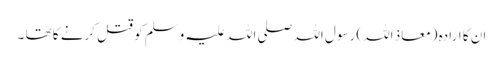
ان کا ارادہ (معاذ اللہ) رسول اللہ صلی اللہ علیہ وسلم کو قتل کرنے کا تھا ۔